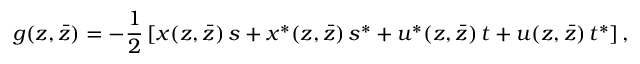
g ( z , \bar { z } ) = - \frac { 1 } { 2 } \left[ x ( z , \bar { z } ) \, s + x ^ { * } ( z , \bar { z } ) \, s ^ { * } + u ^ { * } ( z , \bar { z } ) \, t + u ( z , \bar { z } ) \, t ^ { * } \right] ,